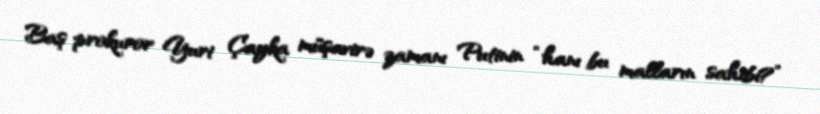
Baş prokuror Yuri Çayka müşavirə zamanı Putinin “hanı bu malların sahibi?”